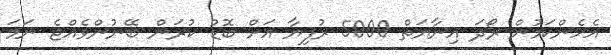
އެހެންކަމުން ރޯދަ އިނާޔަތް 5000 ރުފިޔާ އަށް ބޮޑު ކުރަން ބޭނުންވެއްޖެ ނަމަ